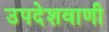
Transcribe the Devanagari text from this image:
उपदेशवाणी